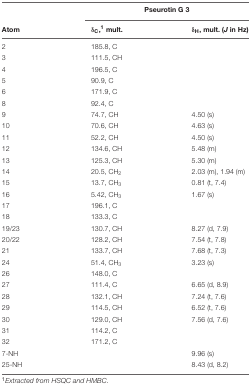
|  | <COLSPAN=2> Pseurotin G 3 |
 | Atom | δC,1 mult. | δH, mult. (J in Hz) |
 | --- | --- | --- |
 | 2 | 185.8, C |  |
 | 3 | 111.5, CH |  |
 | 4 | 196.5, C |  |
 | 5 | 90.9, C |  |
 | 6 | 171.9, C |  |
 | 8 | 92.4, C |  |
 | 9 | 74.7, CH | 4.50 (s) |
 | 10 | 70.6, CH | 4.63 (s) |
 | 11 | 52.2, CH | 4.50 (s) |
 | 12 | 134.6, CH | 5.48 (m) |
 | 13 | 125.3, CH | 5.30 (m) |
 | 14 | 20.5, CH2 | 2.03 (m), 1.94 (m) |
 | 15 | 13.7, CH3 | 0.81 (t, 7.4) |
 | 16 | 5.42, CH3 | 1.67 (s) |
 | 17 | 196.1, C |  |
 | 18 | 133.3, C |  |
 | 19/23 | 130.7, CH | 8.27 (d, 7.9) |
 | 20/22 | 128.2, CH | 7.54 (t, 7.8) |
 | 21 | 133.7, CH | 7.68 (t, 7.3) |
 | 24 | 51.4, CH3 | 3.23 (s) |
 | 26 | 148.0, C |  |
 | 27 | 111.4, C | 6.65 (d, 8.9) |
 | 28 | 132.1, CH | 7.24 (t, 7.6) |
 | 29 | 114.5, CH | 6.52 (t, 7.6) |
 | 30 | 129.0, CH | 7.56 (d, 7.6) |
 | 31 | 114.2, C |  |
 | 32 | 171.2, C |  |
 | 7-NH |  | 9.96 (s) |
 | 25-NH |  | 8.43 (d, 8.2) |